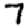
Digit: 7